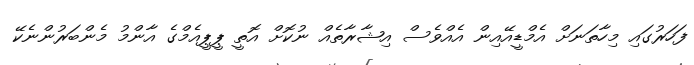
ފަހަރުގައި މިހާތަނަށް އެމްޑީއޭއިން އެއްވެސް އިޝާރާތެއްް ނުކޮށް އޮތީ ޕީޕީއެމްގެ އާންމު މެންބަރުންނެކޭ